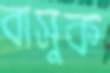
বাসুক